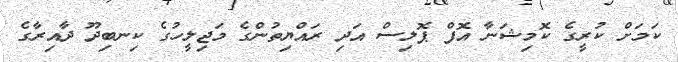
ކަމަށް ކުރީގެ ކޮމިޝަނާ އޮފް ޕޮލިސް އަދި ރައްޔިތުންގެ މަޖިލީހުގެ ކިނބިދޫ ދާއިރާގެ